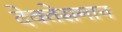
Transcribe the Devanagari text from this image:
देवतेसमान